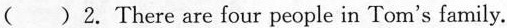
( )2. There are four people in Tom's family.